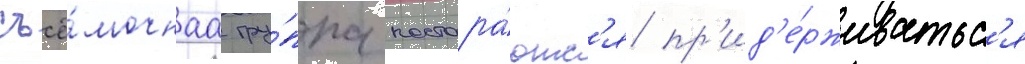
съё́мочнаа гру́ппа постара́ютс'я пр'ид'е́рживатьс'я